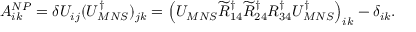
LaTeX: A _ { i k } ^ { N P } = \delta U _ { i j } ( U _ { M N S } ^ { \dagger } ) _ { j k } = \left( U _ { M N S } \widetilde { R } _ { 1 4 } ^ { \dagger } \widetilde { R } _ { 2 4 } ^ { \dagger } R _ { 3 4 } ^ { \dagger } U _ { M N S } ^ { \dagger } \right) _ { i k } - \delta _ { i k } .